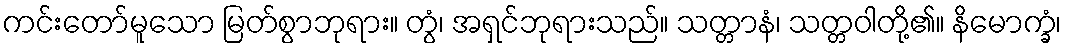
ကင်းတော်မူသော မြတ်စွာဘုရား။ တွံ၊ အရှင်ဘုရားသည်။ သတ္တာနံ၊ သတ္တဝါတို့၏။ နိမောက္ခံ၊